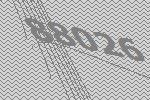
88026